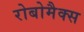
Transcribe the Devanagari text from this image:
रोबोमैक्स